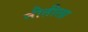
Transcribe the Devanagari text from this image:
नीतीला